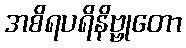
အစိရပရိနိဗ္ဗုတော